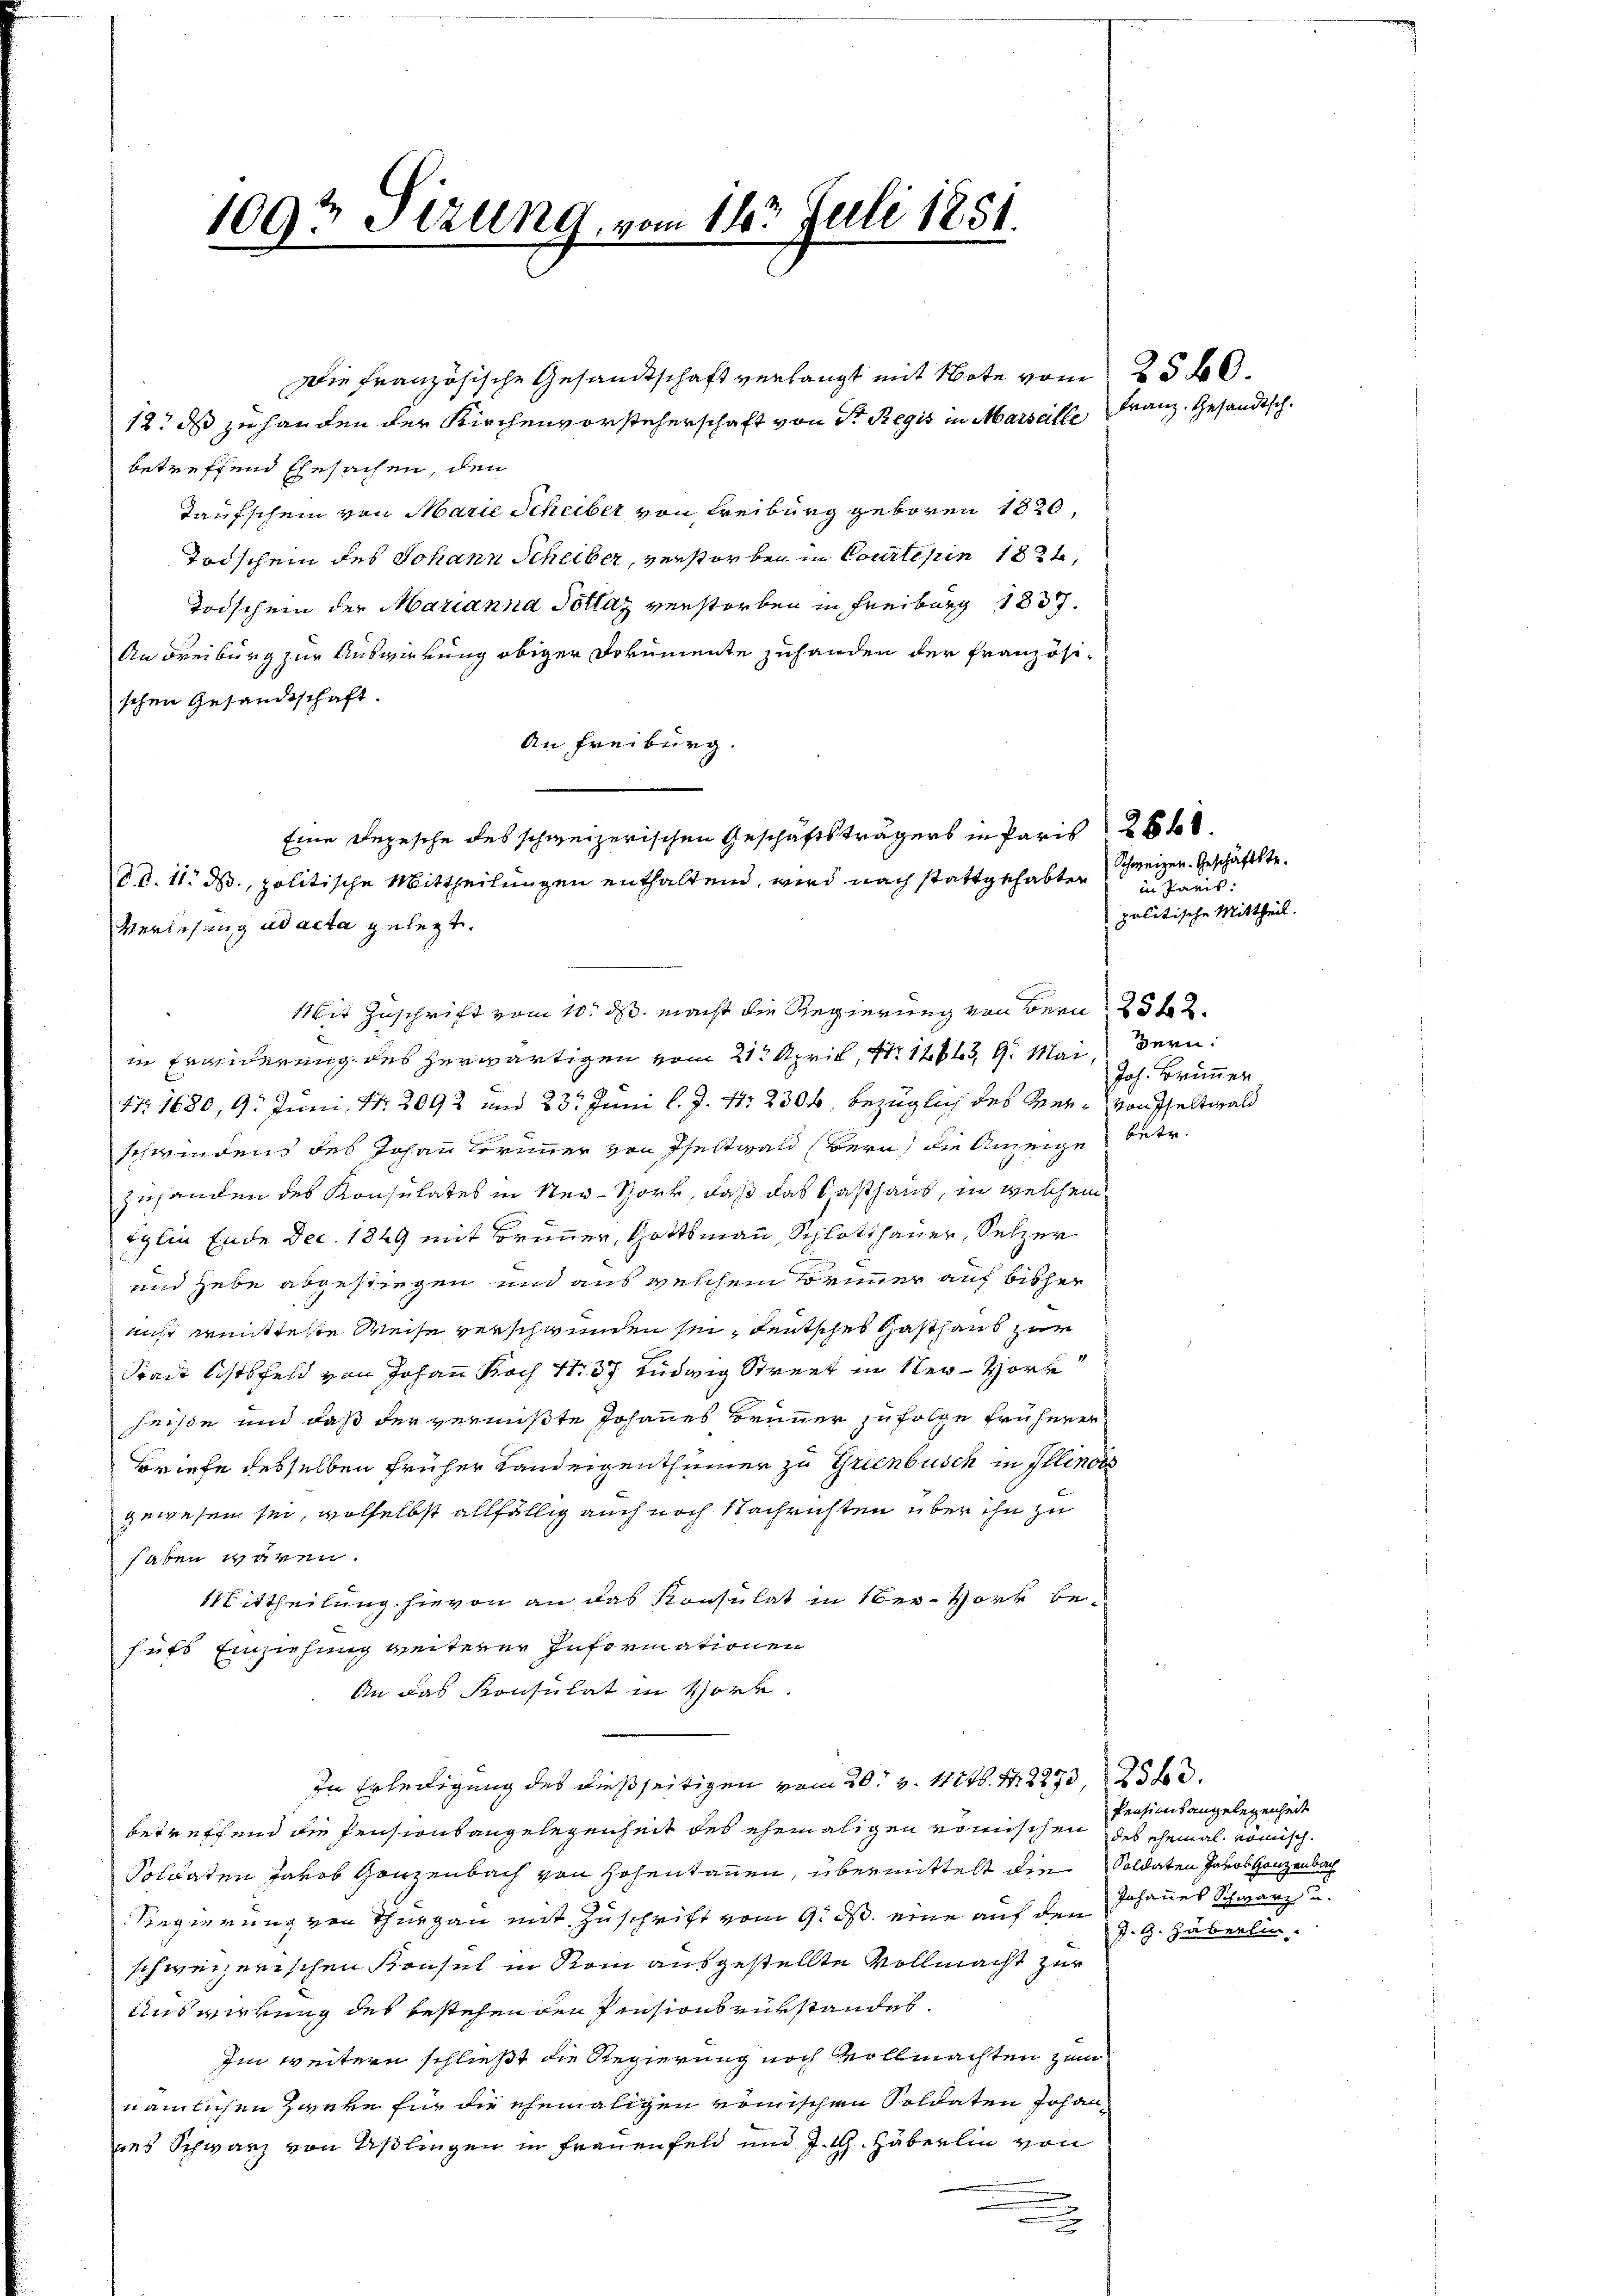
1093 Stzung, vom 16t Juli 1851.

12. ds zu handen der Kirchenvorsteherschaft von Sr. Regis in Marseille Franz. Gesandtschbetreffend Ehesachen, den
Taufschein von Marie Scheiber von Freiburg geboren 1820,
Todschein des Johann Scheiber, verstorben in Courteien 1834,
Todschein der Marianna Pollaz verstorben in Freiburg 1837.
An Freiburg zur Auswirkung obiger Dokumente zuhanden der Französischen Gesandtschaft.
An Freiburg.
Verlesung ad acta gelegt.
Mit Zuschrift vom 10. ds. macht die Regierung von Bern 25 f 2
in Erweiderung des herwärtigen vom 21. April, No 1283, 9. Mai, dern:
Nr. 1680, 9. Juni, Nr. 2092 und 23t Juni l. J. Nr. 2300, bezüglich des Ver- von Peltwald
schwindens des Johann Berinner von Pfeltwald (Bern, die Anzeige betr.
zuhanden des Konsulates in Neu-Sork, daß das Casthaus, in welchem
Eglin Ende Dec. 1849 mit Brunner, Gottsmann, Schlotthauer, Selzer
und hebe abgestiegen und aus welchem Brunner auf bisher
nicht weitteste Weise verschwunden sei, deutsches Gasthaus zur
Stadt istsfeld von Johann Koch S. 37 Ludwig Street in Ner-Hört
heiße und daß der vermißte Johannes Brunner zufolge früherer
Briefe desselben früher Landeigenthümer zu Grienbusch in Illinois
gewesen sei, wolselbst allfällig auch noch Nachrichten über ihn zu
haben wären.
Mittheilung hievon an das Konsulat in Ber-Vork besufs Einziehung weiterer Informationen
An das Konsulat in Vorle
In Erledigung des dießseitigen vom 20t v. 11246. 14. 2273, 25 t d.
betreffend die Pensionsangelegenheit des ehemaligen römischen des ehemal römisch¬
Soldaten Jakob Ganzenbach von Hohentanen, übermittelt die Soldaten Jakob Ganzenbach
Regierung von Thurgau mit Zuschrift vom 9. ds. eine auf den J. G. Häberlin
schweizerischen Konsul in Ston ausgestellte Vollmacht zur
Auswirkung des bestehenden Pensions Bürstandes.
Im weitern schließt die Regierung noch vollmachten zum
nämlichen Zweke für die ehemaligen römischen Soldaten Johanues Schwarz von Üßlingen in Frauenfeld und J. H. Häberlin von
.

Die französische Gesandtschaft verlangt mit Note vom 25 60.

Eine Depesche des schweizerischen Geschäftsträgers in Paris 26 f.
d. d. 11. ds, politische Mittheilungen enthaltend, wird nach stattgehabten in Paris

Schweizer. Geschäftstepolitische Mittheil.

Joh. Brunner

Pensionsangelegenheit
Johannes Schwarz u.